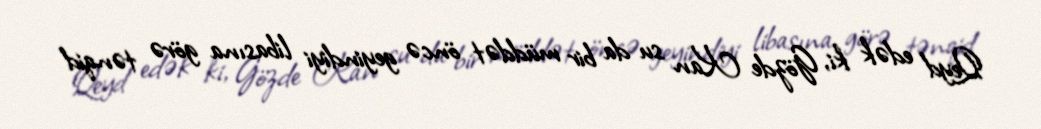
Qeyd edək ki, Gözde Kan su da bir müddət öncə geyindiyi libasına görə tənqid